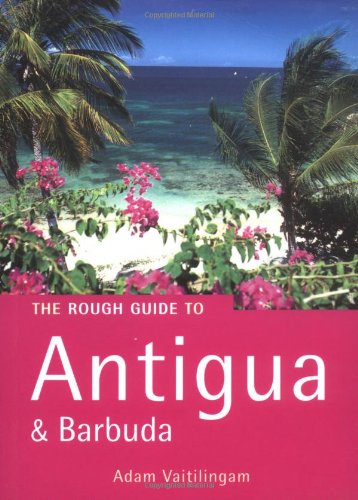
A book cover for The Rough Guide to Antigua & Barbuda; Adam Vaitilingam; Travel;